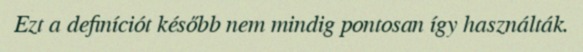
Ezt a definíciót később nem mindig pontosan így használták.